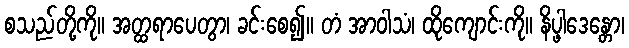
စသည်တို့ကို။ အတ္ထရာပေတွာ၊ ခင်းစေ၍။ တံ အာဝါသံ၊ ထိုကျောင်းကို။ နိပ္ဖါဒေန္တော၊